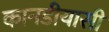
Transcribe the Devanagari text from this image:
कानडीयासी